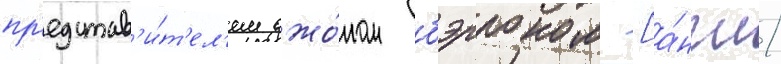
пр'едстав'и́т'ел'ем джо́ном бэрроном [а́нгл.